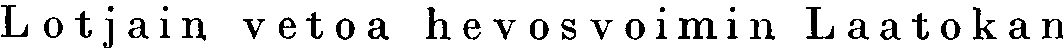
Lotjain vetoa hevosvoimin Laatokan